画像に写った文字を読んでください
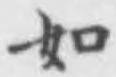
「如」と書いてあります